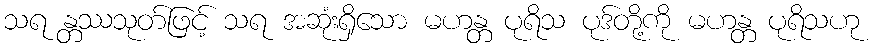
သရ န္တဿသုတ်ဖြင့် သရ အဆုံးရှိသော မဟန္တ ပုရိသ ပုဒ်တို့ကို မဟန္တ ပုရိသဟု